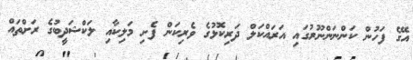
އޭގެ ފަހުން ކަންނަންނޫރުގައި އަރައްކަލް ދަރިކޮޅުގެ ވެރިކަން ފެށި މަލިކާއި ލަކްޝަދީބުގެ ރަށްތައް